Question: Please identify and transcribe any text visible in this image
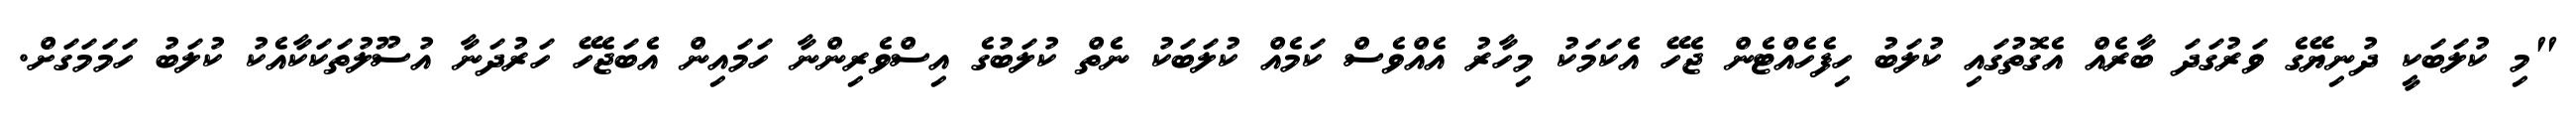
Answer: "މި ކުލަބަކީ ދުނިޔޭގެ ވަރުގަދަ ބާރެއް އެގޮތުގައި ކުލަބު ހިފެހެއްޓެން ޖެހޭ އެކަމަކު މިހާރު އެއްވެސް ކަމެއް ކުލަބަކު ނެތް ކުލަބުގެ އިސްވެރިންނާ ހަމައިން އެބަޖެހޭ ހަރުދަނާ އުސޫލުތަކަކާއެކު ކުލަބު ހަމަމަގަށް.